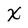
Character: X